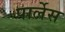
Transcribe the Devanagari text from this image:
पार्लेस